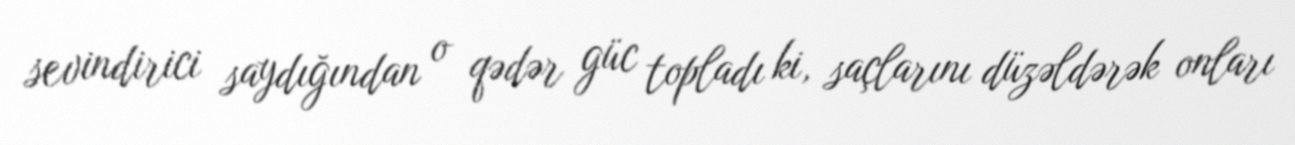
sevindirici saydığından o qədər güc topladı ki, saçlarını düzəldərək onları